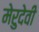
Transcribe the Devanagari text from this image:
मेरुदेवी